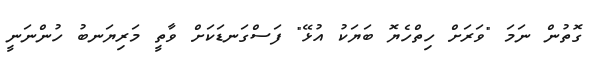
ގޮތުން ނަމަ "ވަރަށް ހިތްހެޔޮ ބަޔަކު އުޅޭ" ފަސްގަނޑަކަށް ވާތީ މަރިޔަނބު ހުންނަނީ